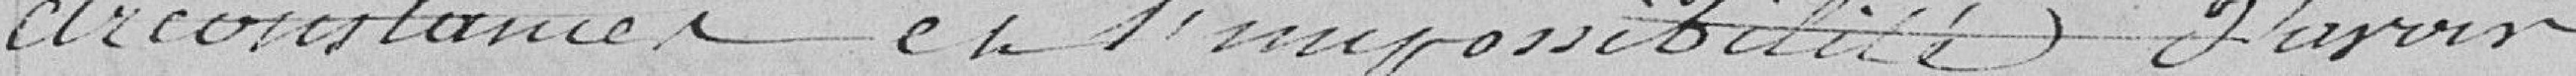
circonstances et l'impossibilité d'avoir